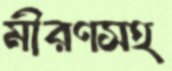
মীরণসহ